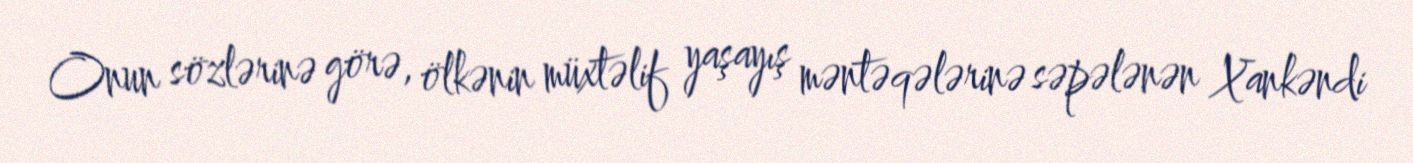
Onun sözlərinə görə, ölkənin müxtəlif yaşayış məntəqələrinə səpələnən Xankəndi